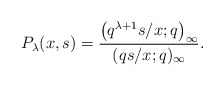
\begin{align*}& P_{\lambda}(x, s) = \frac{\big(q^{\lambda +1} s/x;q\big)_{\infty}}{(q s/x;q)_{\infty}} . \end{align*}